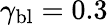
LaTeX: \gamma_{\mathrm{bl}}=0.3